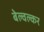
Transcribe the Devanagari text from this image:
बेल्वल्कर